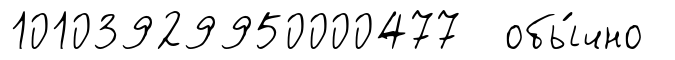
10103929950000477 обы́чно